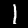
Digit: 1